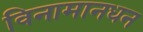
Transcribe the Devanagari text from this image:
विनामानधन